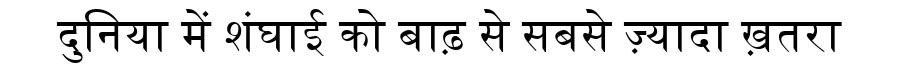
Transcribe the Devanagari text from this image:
दुनिया में शंघाई को बाढ़ से सबसे ज़्यादा ख़तरा